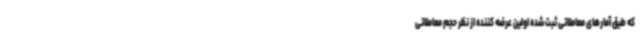
که طبق آمارهای معاملاتی ثبت شده اولین عرضه کننده از نظر حجم معاملاتی